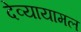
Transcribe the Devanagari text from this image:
देव्यायामल